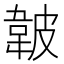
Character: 𱂁